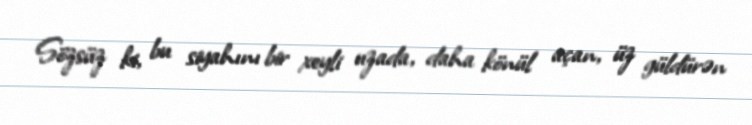
Sözsüz ki, bu siyahını bir xeyli uzada, daha könül açan, üz güldürən